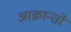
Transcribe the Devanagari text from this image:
आक्रान्तो